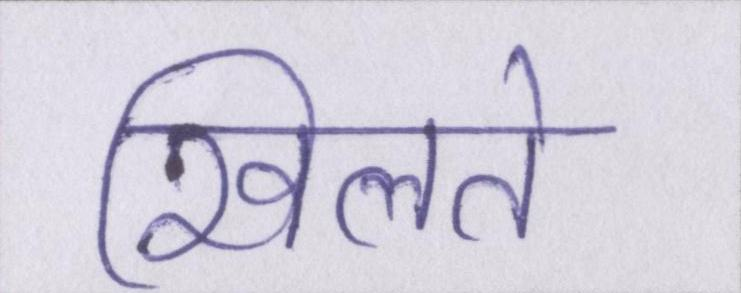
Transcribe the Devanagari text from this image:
खिलते